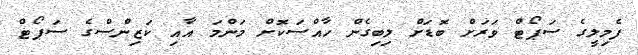
ފެމިލީގެ ސަޕޯޓް ވަރަށް ބޮޑަށް ލިބިގެން ހާއްސަކޮށް މަންމަ އާއި ކަޒިންސްގެ ސަޕޯޓް